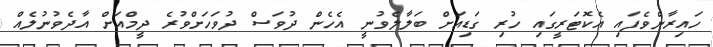
ހައިރާންވެފައި އެކޮޓަރީގައި ހުރި ގަޑިއަށް ބަލާލެވުނީ އެހެން ދުވަސް ދުވަހަށްވުރެ ދީމްއަށް އާދެވުނުލެއް